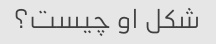
شکل او چیست؟